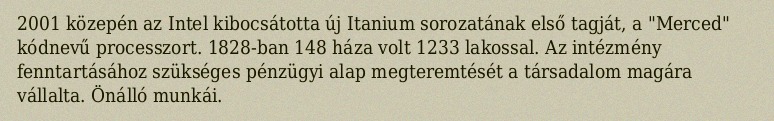
2001 közepén az Intel kibocsátotta új Itanium sorozatának első tagját, a "Merced" kódnevű processzort. 1828-ban 148 háza volt 1233 lakossal. Az intézmény fenntartásához szükséges pénzügyi alap megteremtését a társadalom magára vállalta. Önálló munkái.